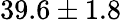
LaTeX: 39.6\pm{1.8}